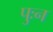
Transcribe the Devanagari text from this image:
पुःन